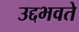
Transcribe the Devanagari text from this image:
उद्दभवते